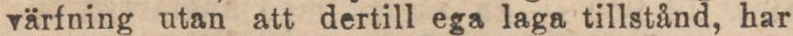
värfning utan att dertill ega laga tillstånd, har